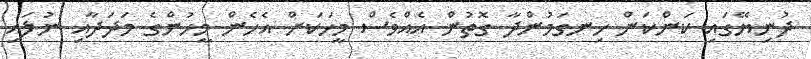
ދުނިޔޭގައި ކަންކަން ހިނގަމުންދާ ގޮތުން އެއްވެސް މީހަކަށް އެހެން މީހުންގެ މަދަދާއި ނުލައި